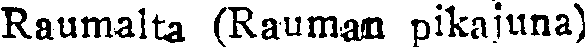
Raumalta (Rauman pikajuna)